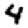
Digit: 4